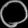
Digit: ၀